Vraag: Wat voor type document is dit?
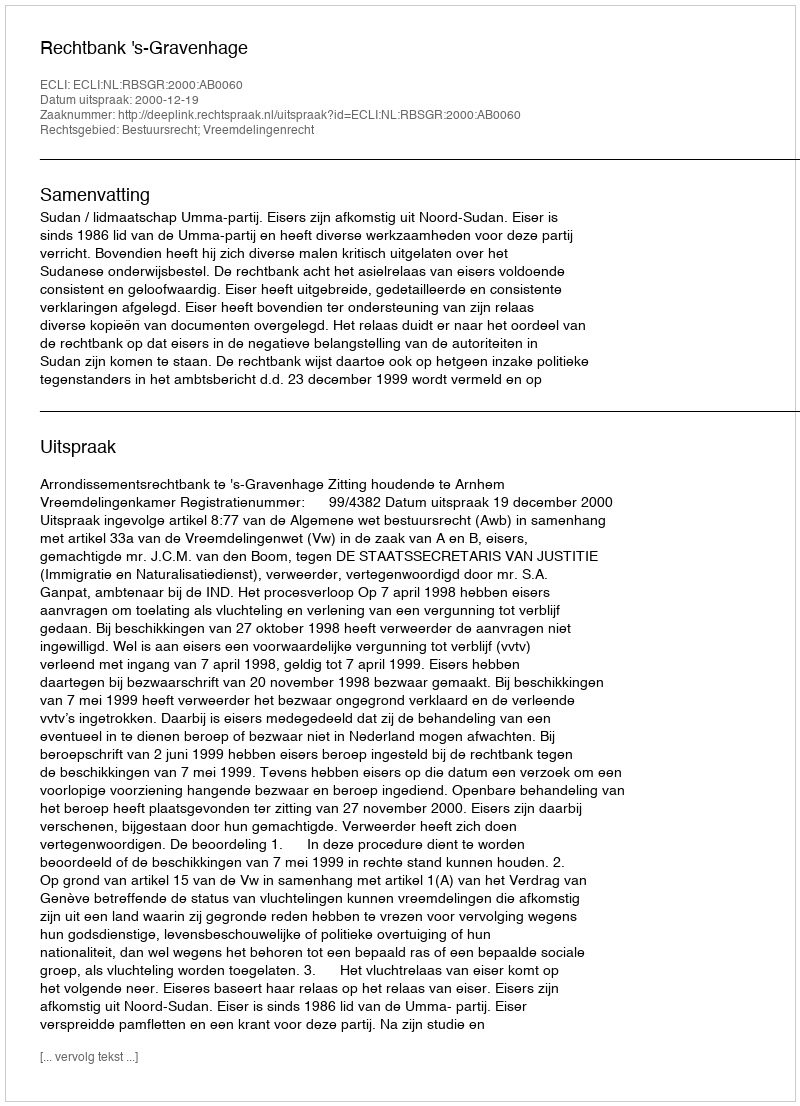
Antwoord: Uitspraak